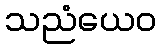
သညံယေဝ